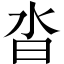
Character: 沓